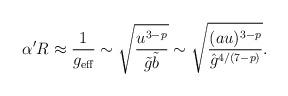
LaTeX: \begin{align*}\alpha' R \approx \frac{1}{g_{\rm eff}} \sim \sqrt{\frac{u^{3 -p}}{\tilde g \tilde b}} \sim \sqrt{\frac{(a u)^{3 - p}}{{\hat g}^{4/(7 -p)}}}.\end{align*}